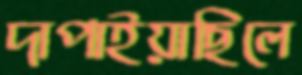
দাপাইয়াছিলে